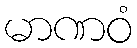
မာဏဝံ